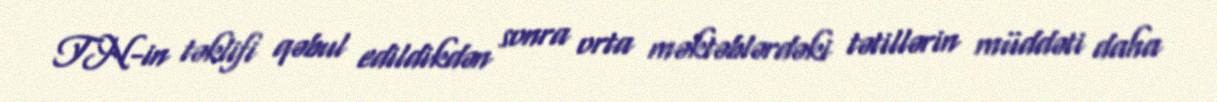
TN-in təklifi qəbul edildikdən sonra orta məktəblərdəki tətillərin müddəti daha